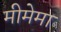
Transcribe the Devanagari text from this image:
मीमेमा